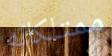
ممتلكاته